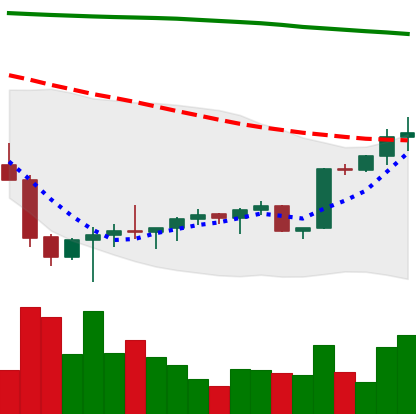
Ticker: BTC-USD
Chart end date: 2022-02-08
Forward return: -4.354%
Label: down_3_5